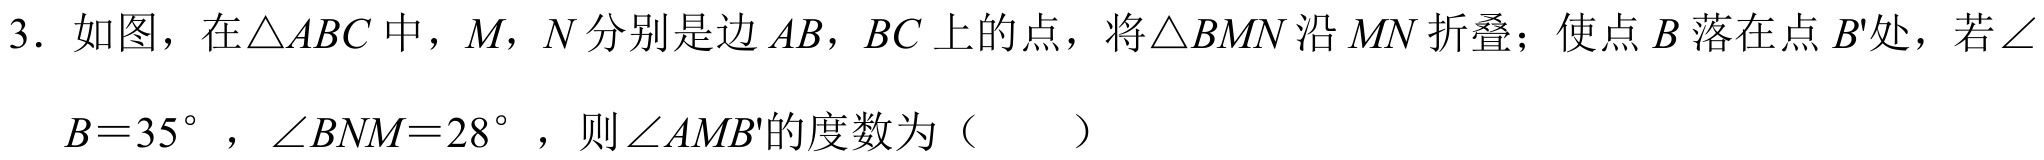
3. 如图，在\(\triangle ABC\)中，\(M\)，\(N\)分别是边\(AB\)，\(BC\)上的点，将\(\triangle BMN\)沿\(MN\)折叠；使点\(B\)落在点\(B'\)处，若\(\angle
\(B = 35^{\circ}\)，\(\angle BNM = 28^{\circ}\)，则\(\angle AMB'\)的度数为（  ）